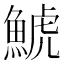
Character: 鯱